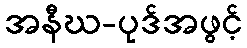
အနီဃ-ပုဒ်အဖွင့်